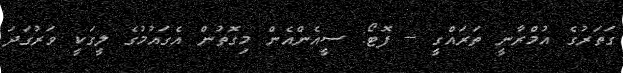
ގަތަރުގެ އުމްރާނީ ތަރައްގީ -- ފޮޓޯ: ސީއެންއެން މިގޮތުން އެގައުމުގެ ލީގަކީ ވަރުގަދަ